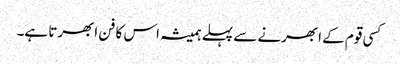
کسی قوم کے ابھرنے سے پہلے ہمیشہ اس کا فن ابھرتا ہے۔